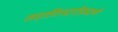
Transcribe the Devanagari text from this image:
जहागिरदारीप्रमाणे